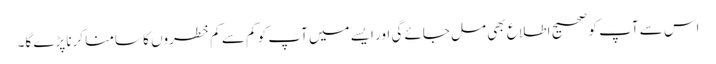
اس سے آپ کو صحیح اطلاع بھی مل جائے گی اور ایسے میں آپ کو کم سے کم خطروں کا سامنا کرنا پڑے گا۔